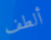
ألطف